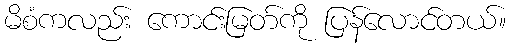
မိစံကလည်း ကောင်းမြတ်ကို ပြန်လောင်တယ်။